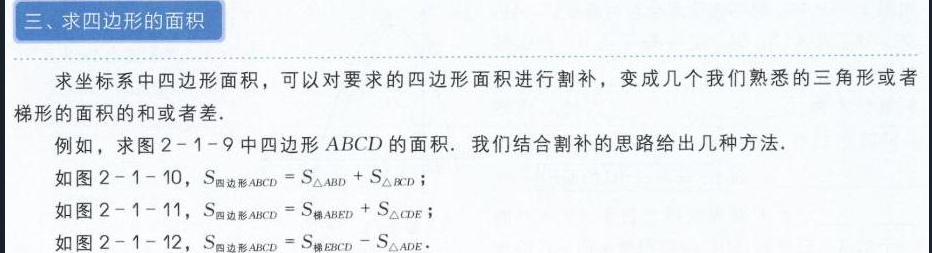
### 三、求四边形的面积
求坐标系中四边形面积，可以对要求的四边形面积进行割补，变成几个我们熟悉的三角形或者梯形的面积的和或者差.
例如，求图2 - 1 - 9中四边形 \(ABCD\) 的面积. 我们结合割补的思路给出几种方法.
如图2 - 1 - 10，\(S_{四边形ABCD}=S_{\triangle ABD}+S_{\triangle BCD}\)；
如图2 - 1 - 11，\(S_{四边形ABCD}=S_{梯ABED}+S_{\triangle CDE}\)；
如图2 - 1 - 12，\(S_{四边形ABCD}=S_{梯EBCD}-S_{\triangle ADE}\).